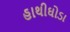
હાથીઘોડા